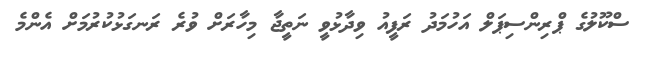
ސްކޫލުގެ ޕްރިންސިޕަލް އަހުމަދު ރަފީއު ވިދާޅުވީ ނަތީޖާ މިހާރަށް ވުރެ ރަނގަޅުކުރުމަށް އެންމެ